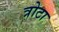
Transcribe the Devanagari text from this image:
त्रोटा